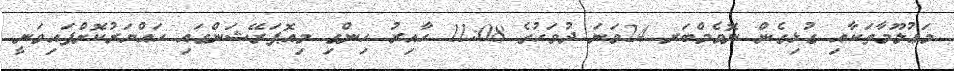
މަޢުލޫމާތަކާއި ގުޅިގެން ނޮވެމްބަރ 24ވަނަ ދުވަހުގެ 11:08 ހާއިރު ހިންގި މިއޮޕަރޭޝަންގައި ހައްޔަރުކޮށްފައިވަނީ